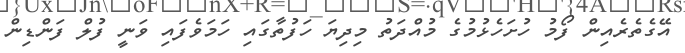
އޭގެތެރެއިން ފޯމު ހުށަހެޅުމުގެ މުއްދަތު މިދިޔަ ހަފުތާގައި ހަމަވެފައި ވަނީ ފުލް ފަންޑިން